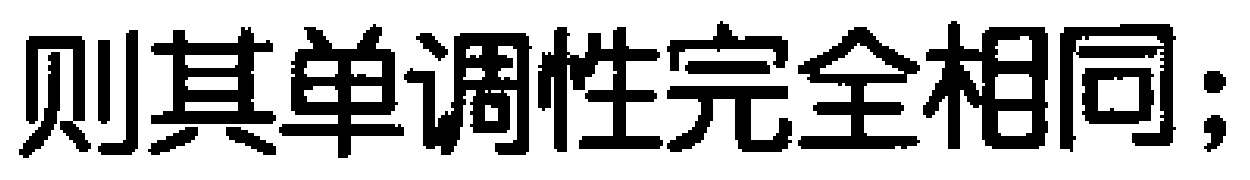
则其单调性完全相同;